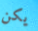
يكن